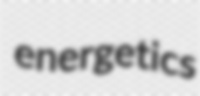
energetics